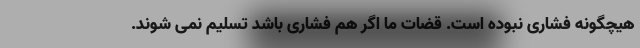
هیچگونه فشاری نبوده است. قضات ما اگر هم فشاری باشد تسلیم نمی شوند.